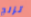
تزلج